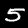
Label: 5